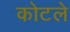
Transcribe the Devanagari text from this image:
कोटले